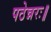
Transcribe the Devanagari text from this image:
पठेन्नरः॥